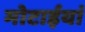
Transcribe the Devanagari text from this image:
मोटाईयां